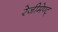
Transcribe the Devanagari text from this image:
रेजीमेण्ट्